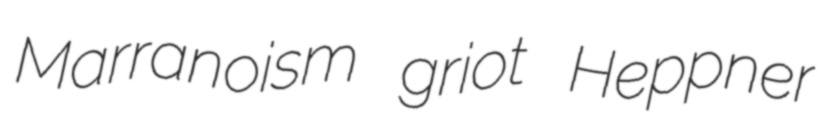
Marranoism griot Heppner